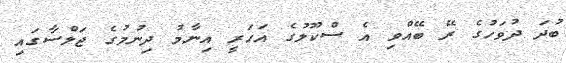
ބުދަ ދުވަހުގެ ރޭ ބޭއްވި އެ ސްކޫލުގެ އަހަރީ އިނާމު ދިނުމުގެ ޖަލްސާގައި